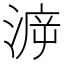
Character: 㴑